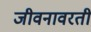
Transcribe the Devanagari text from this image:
जीवनावरती